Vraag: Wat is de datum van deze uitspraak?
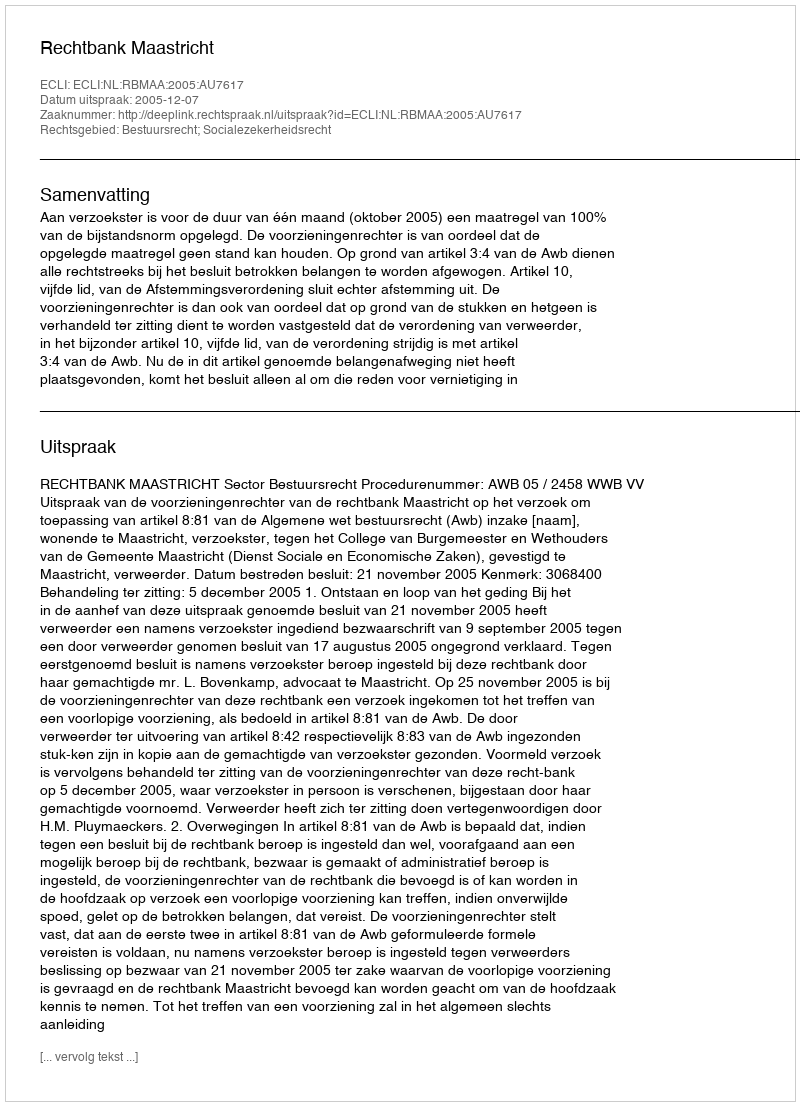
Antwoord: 2005-12-07